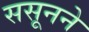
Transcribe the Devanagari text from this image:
ससूनने